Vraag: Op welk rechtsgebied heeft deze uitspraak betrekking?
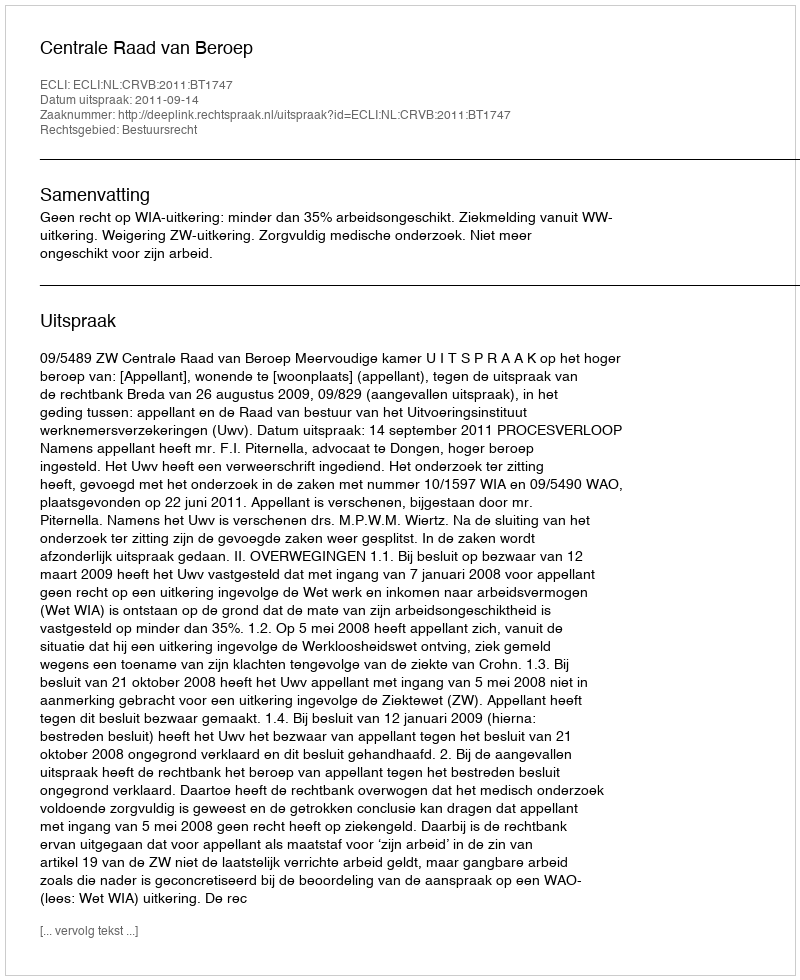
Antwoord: Bestuursrecht